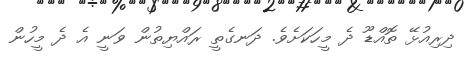
ދިރިއުޅޭ ތޮއްޑޫ ދެ މީހަކަށެވެ. ދަނގެތީ ރައްޔިތުން ވަނީ އެ ދެ މީހުން